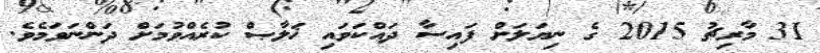
31 މާރިޗު 2015 ގެ ނިޔަލަށް ފައިސާ ދައްކަވައި ޚަލާޞް ކުރެއްވުމަށް ދަންނަވަމެވެ.